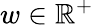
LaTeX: w\in\mathbb{R}^{+}